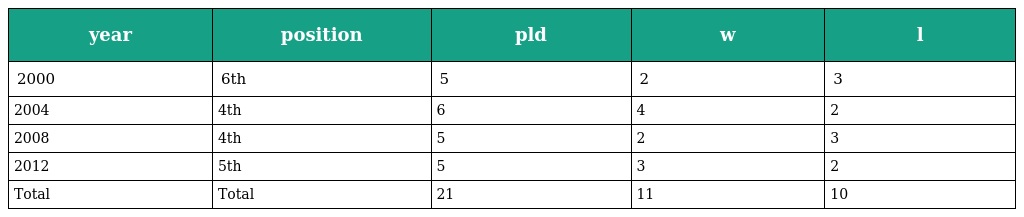
| year | position | pld | w | l |
 | --- | --- | --- | --- | --- |
 | 2000 | 6th | 5 | 2 | 3 |
 | 2004 | 4th | 6 | 4 | 2 |
 | 2008 | 4th | 5 | 2 | 3 |
 | 2012 | 5th | 5 | 3 | 2 |
 | Total | Total | 21 | 11 | 10 |